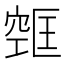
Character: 𫁔